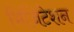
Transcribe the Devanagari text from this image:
भिजिटेशन